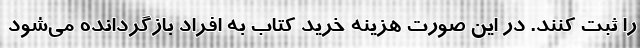
را ثبت کنند. در این صورت هزینه خرید کتاب به افراد بازگردانده می‌شود